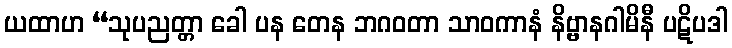
ယထာဟ “သုပညတ္တာ ခေါ ပန တေန ဘဂဝတာ သာဝကာနံ နိဗ္ဗာနဂါမိနီ ပဋိပဒါ